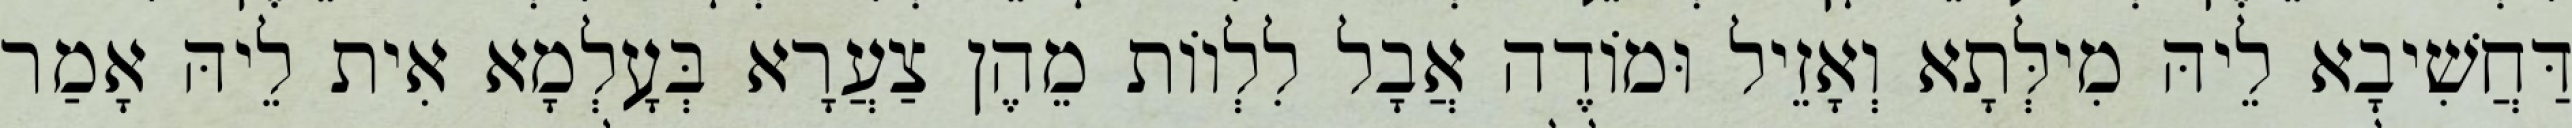
דַּחֲשִׁיבָא לֵיהּ מִילְּתָא וְאָזֵיל וּמוֹדֶה אֲבָל לִלְווֹת מֵהֶן צַעֲרָא בְּעָלְמָא אִית לֵיהּ אָמַר